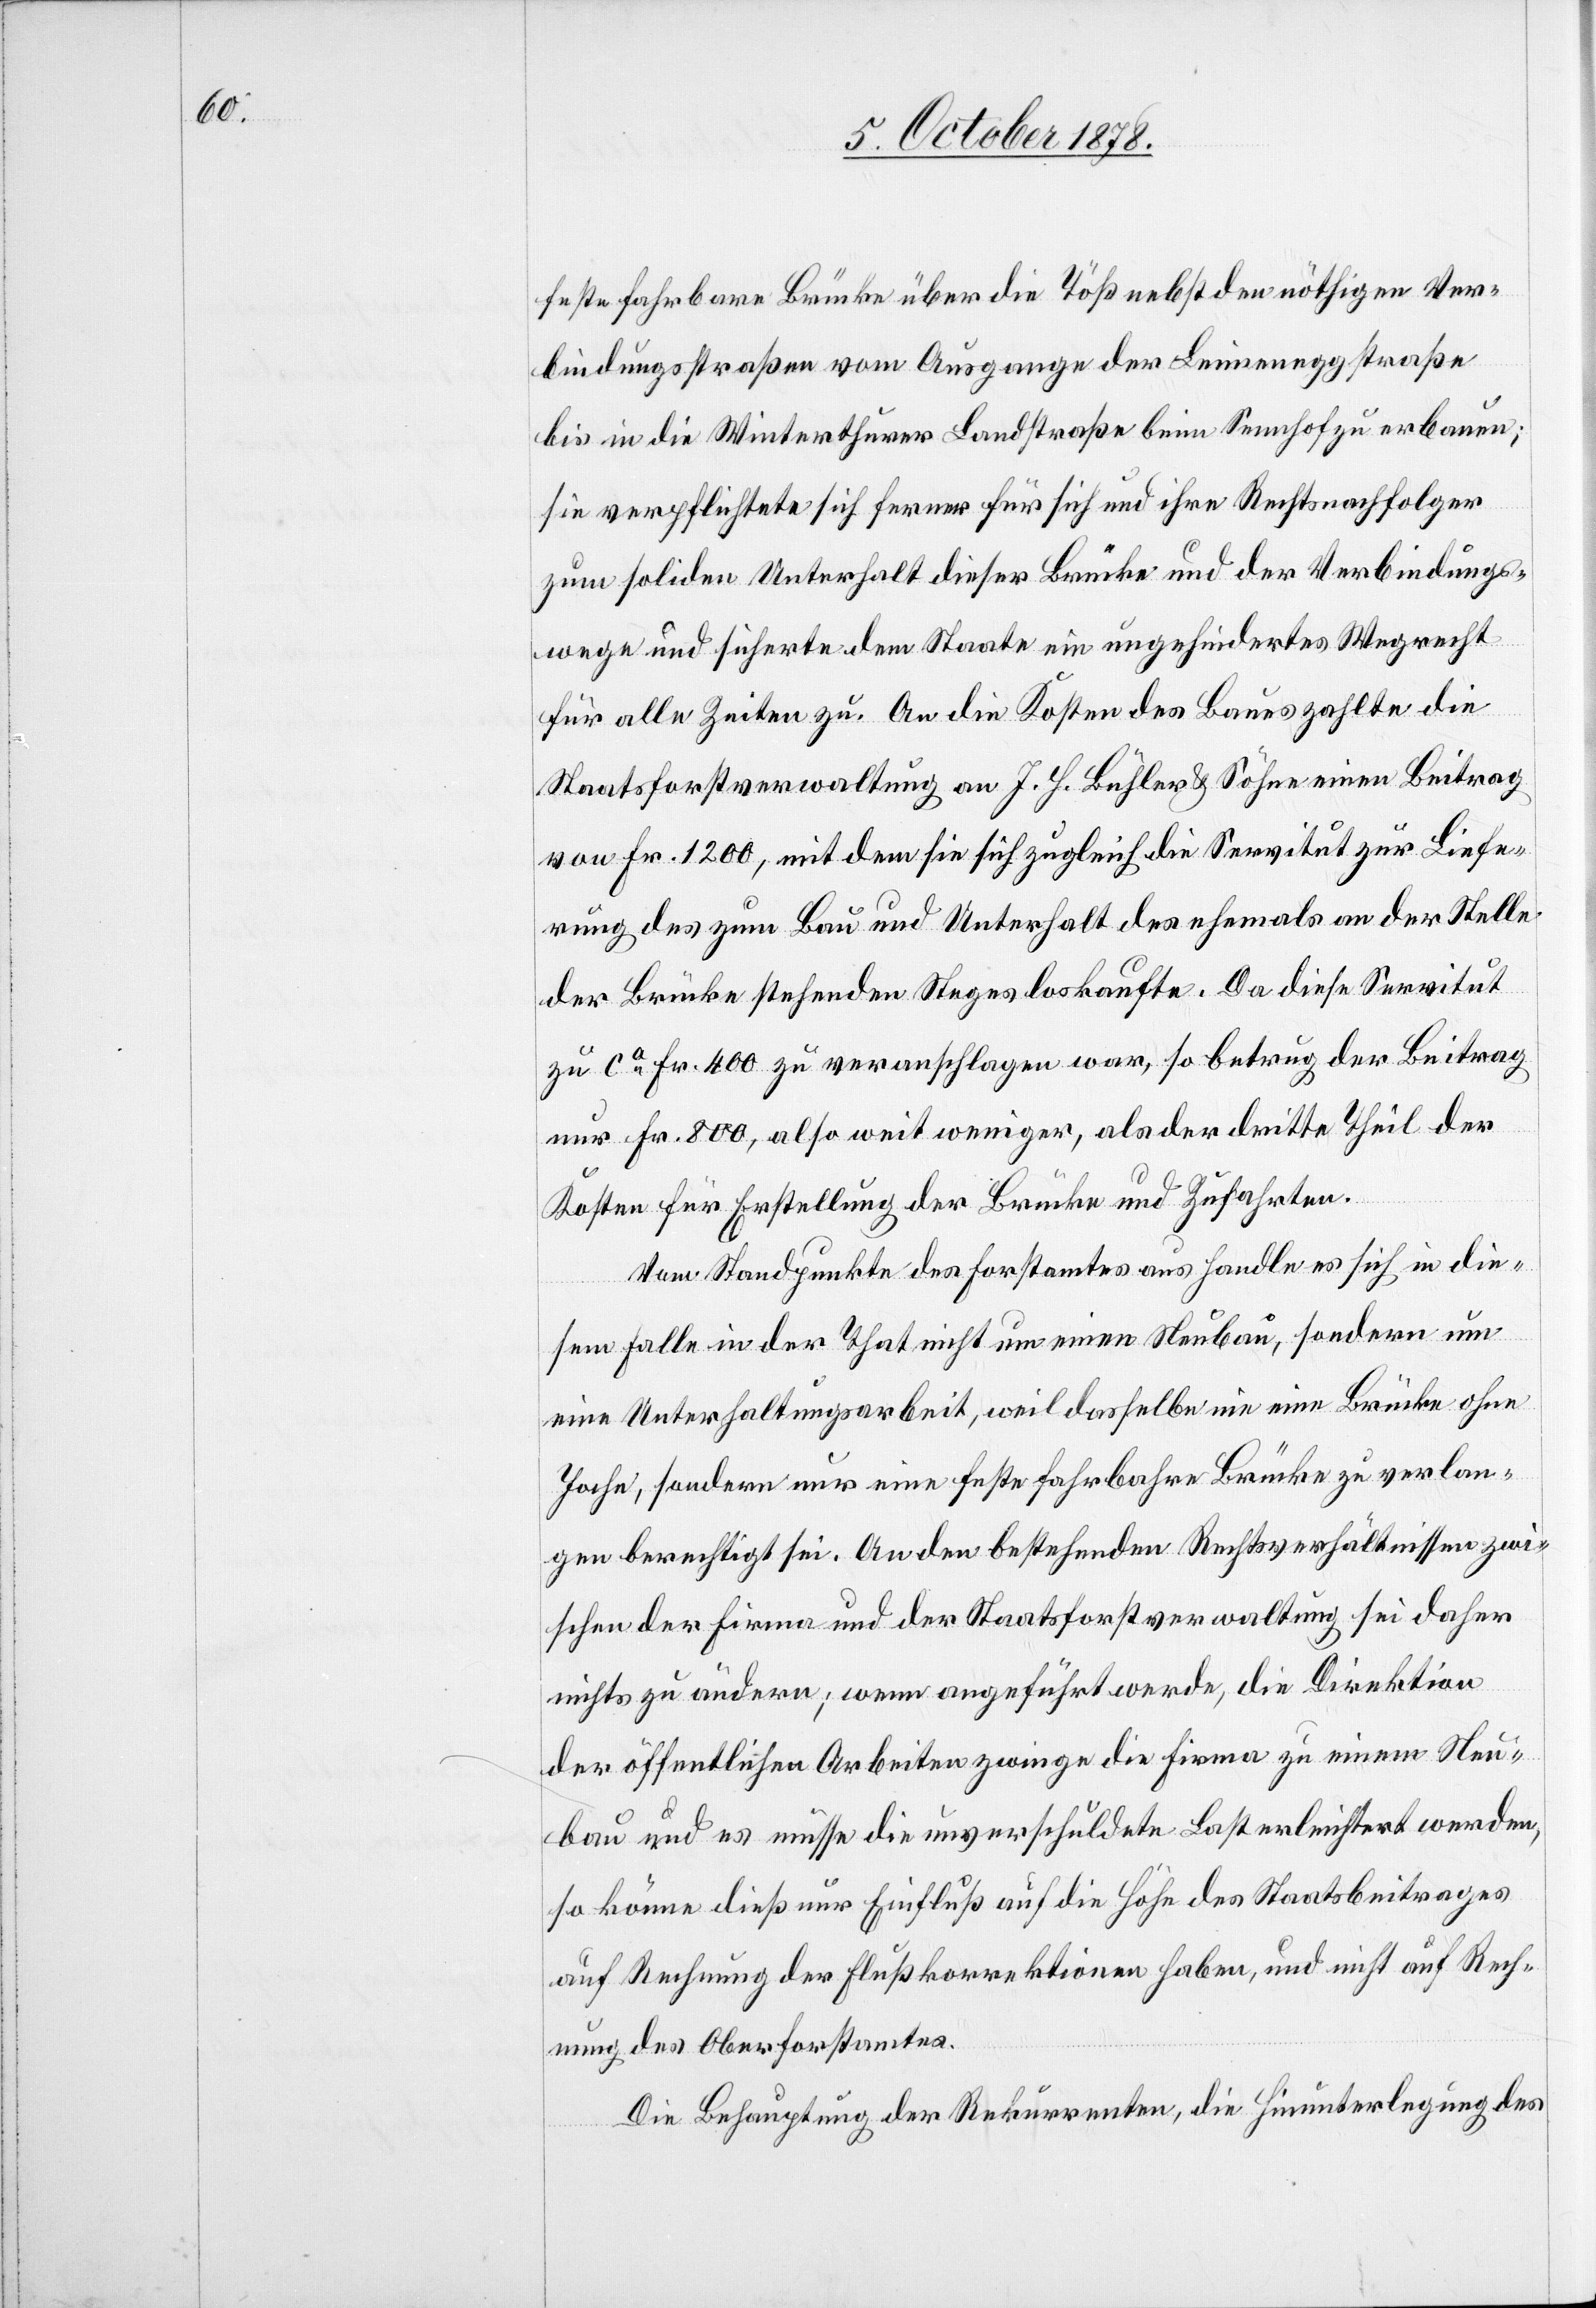
feste fahrbare Brücke über die Töß nebst den nöthigen Ver¬
bindungsstraßen vom Ausgange der Leimeneggstraße
bis in die Winterthurer Landstraße beim Sennhof zu erbauen;
sie verpflichtete sich ferner für sich und ihre Rechtsnachfolger
zum soliden Unterhalt dieser Brücke und der Verbindungs¬
wege und sicherte dem Staate ein ungehindertes Wegrecht
für alle Zeiten zu. An die Kosten des Baues zahlte die
Staatsforsverwaltung an J. H. Bühler & Söhne einen Beitrag
von Fr. 1200, mit dem sie sich zugleich die Servitut zur Liefe¬
rung des zum Bau und Unterhalt des ehemals an der Stelle
der Brücke stehenden Steges loskaufte. Da diese Servitut
zu ca Fr. 400 zu veranschlagen war, so betrug der Beitrag
nur Fr. 800, also weit weniger, als der dritte Theil der
Kosten für Erstellung der Brücke und Zufahrten.
Vom Standpunkte des Forstamtes aus handle es sich in die¬
sem Falle in der That nicht um einen Neubau, sondern um
eine Unterhaltungsarbeit, weil dasselbe nie eine Brücke ohne
Joche, sondern nur eine feste fahrbare Brücke zu verlan¬
gen berechtigt sei. An den bestehenden Rechtsverhältnissen zwi¬
schen der Firma und der Staatsforstverwaltung sei daher
nichts zu ändern; wenn angeführt werde, die Direktion
der öffentlichen Arbeiten zwinge die Firma zu einem Neu¬
bau und es müsse die unverschuldete Last erleichtert werden,
so könne dieß nur Einfluß auf die Höhe des Staatsbeitrages
auf Rechnung der Flußkorrektionen haben, und nicht auf Rech¬
nung des Oberforstamtes.
Die Behauptung der Rekurrenten, die Hinunterlegung des